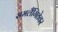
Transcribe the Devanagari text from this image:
समलैंगितेवर